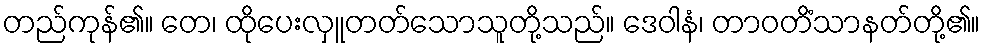
တည်ကုန်၏။ တေ၊ ထိုပေးလှူတတ်သောသူတို့သည်။ ဒေဝါနံ၊ တာဝတိံသာနတ်တို့၏။